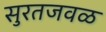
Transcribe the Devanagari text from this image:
सुरतजवळ